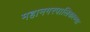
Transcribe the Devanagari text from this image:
महानगरपालिकाच्या